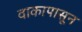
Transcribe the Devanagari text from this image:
वाकापासून